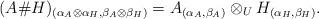
LaTeX: \begin{gather*} (A\# H)_{(\alpha _A\otimes \alpha _H, \beta _A\otimes \beta _H)}=A_{(\alpha _A, \beta _A)}\otimes _UH_{(\alpha _H, \beta _H)}.\end{gather*}